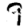
Digit: 9